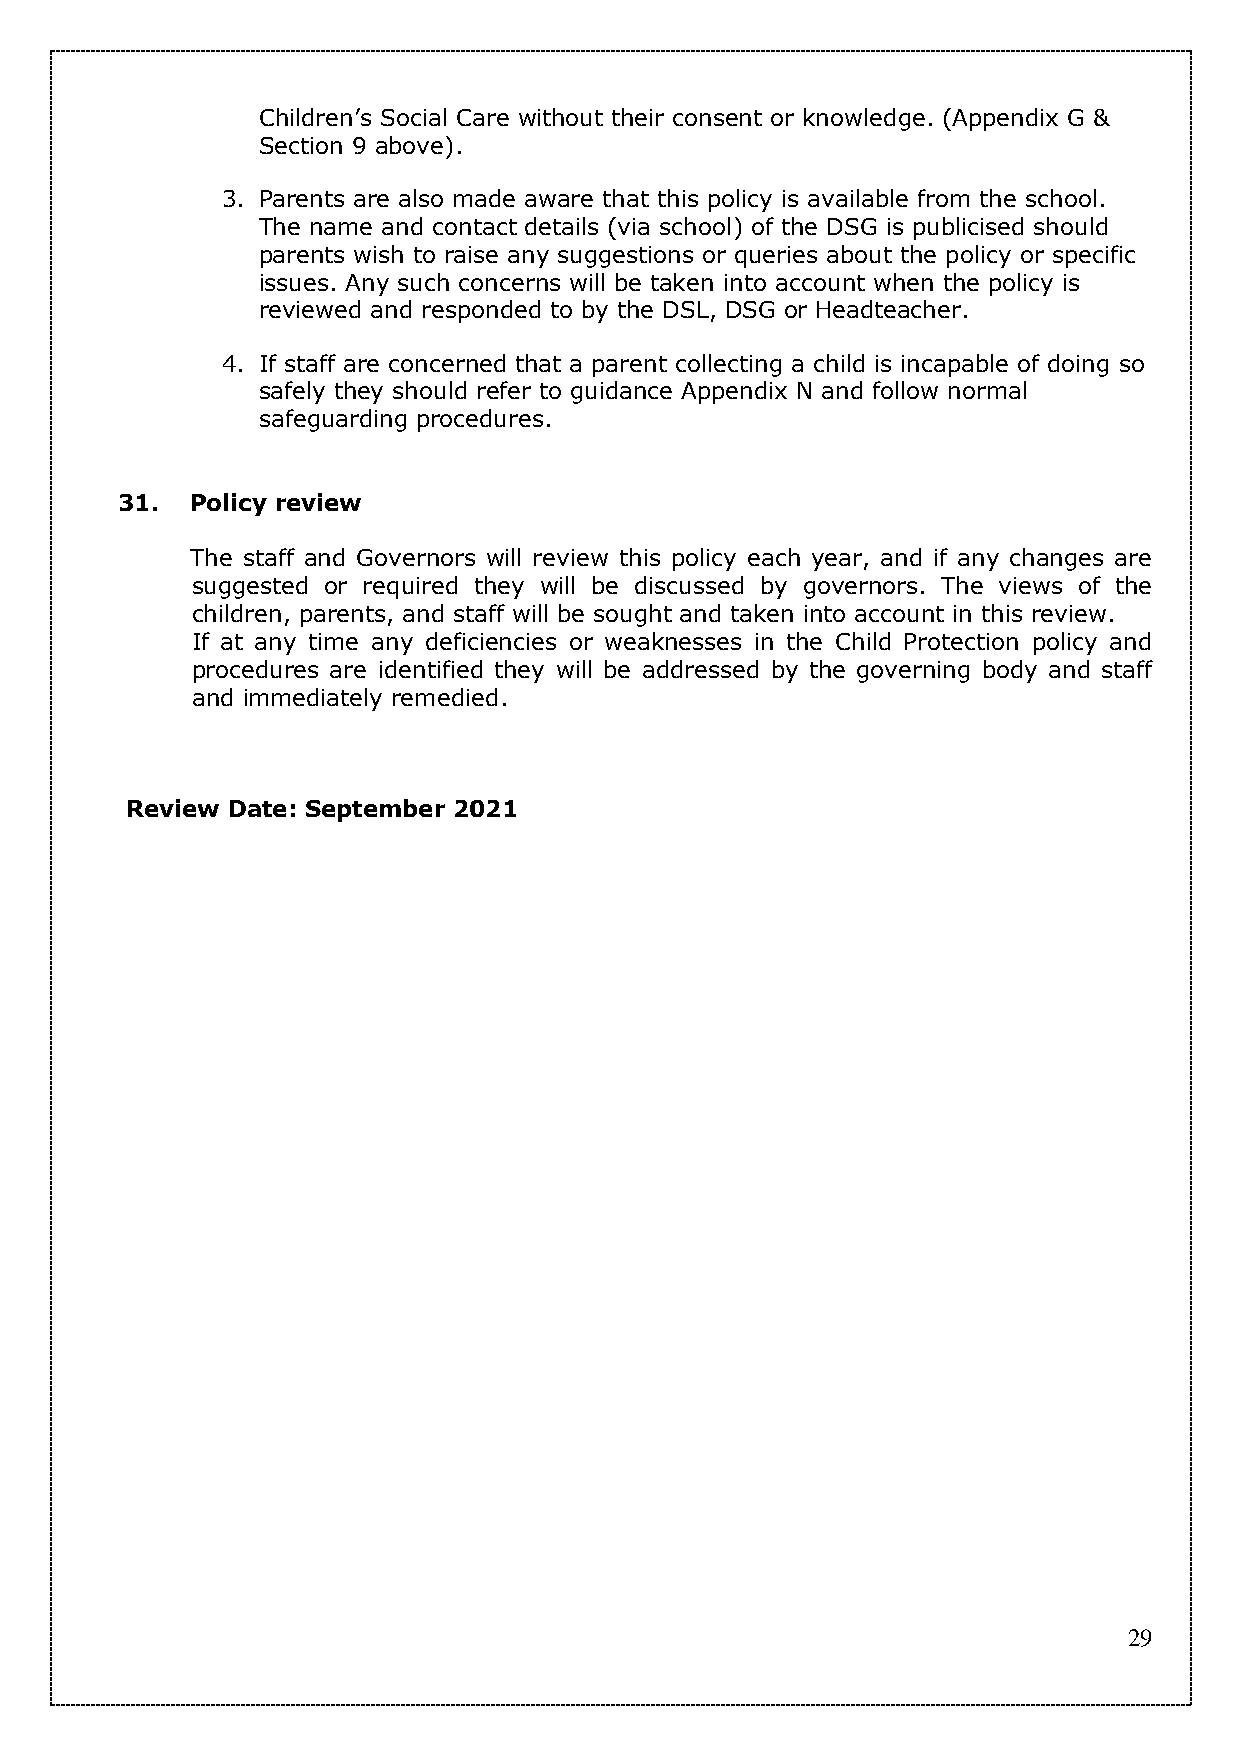
Children’s Social Care without their consent or knowledge. (Appendix G &
 Section 9 above).
 3. Parents are also made aware that this policy is available from the school.
 The name and contact details (via school) of the DSG is publicised should
 parents wish to raise any suggestions or queries about the policy or specific
 issues. Any such concerns will be taken into account when the policy is
 reviewed and responded to by the DSL, DSG or Headteacher.
 4. If staff are concerned that a parent collecting a child is incapable of doing so
 safely they should refer to guidance Appendix N and follow normal
 safeguarding procedures.
 31.  Policy review
 The staff and Governors will review this policy each year, and if any changes are
 suggested or required they will be discussed by governors. The views of the
 children, parents, and staff will be sought and taken into account in this review.
 If at any time any deficiencies or weaknesses in the Child Protection policy and
 procedures are identified they will be addressed by the governing body and staff
 and immediately remedied.
 Review Date: September 2021
 29